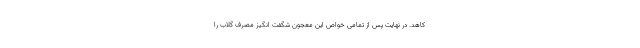
کاهد. در نهایت پس از تمامی خواص این معجون شگفت انگیز مصرف گلاب را